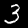
Label: 3